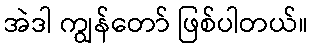
အဲဒါ ကျွန်တော် ဖြစ်ပါတယ်။